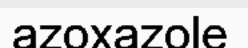
azoxazole